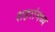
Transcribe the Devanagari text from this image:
शहरांमध्य